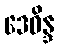
ဒေဝိန္ဒ